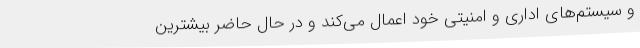
و سیستم‌های اداری و امنیتی خود اعمال می‌کند و در حال حاضر بیشترین